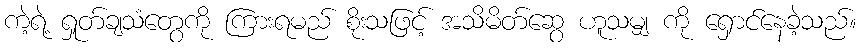
ကဲ့ရဲ့ ရှုတ်ချသံတွေကို ကြားရမည် စိုးသဖြင့် အသိမိတ်ဆွေ ဟူသမျှ ကို ရှောင်နေခဲ့သည်။